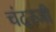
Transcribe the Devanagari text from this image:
चंदरजी